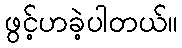
ဖွင့်ဟခဲ့ပါတယ်။